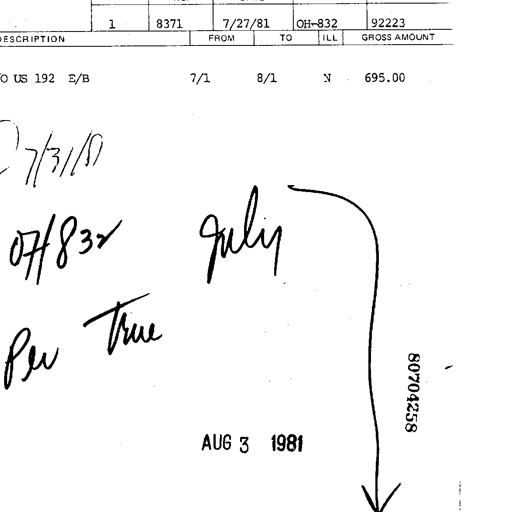
1 8371 7/27/81 OH-832 92223
DESCRIPTION FROM TO ILL GROSS AMOUNT
O US 192 E/B 7/1 8/1 N 695.00
7/31/81
07/832 July
Per True
80704258
AUG 3 1981